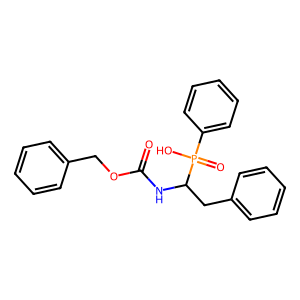
SMILES: O=C(NC(Cc1ccccc1)P(=O)(O)c1ccccc1)OCc1ccccc1
Inhibits HIV replication: No